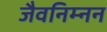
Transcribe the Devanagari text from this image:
जैवनिम्नन